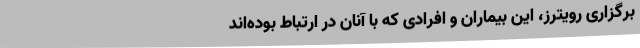
برگزاری رویترز، این بیماران و افرادی که با آنان در ارتباط بوده‌اند